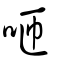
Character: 咂